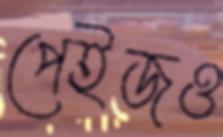
পেইজও